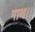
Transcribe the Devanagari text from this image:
गाथ।।